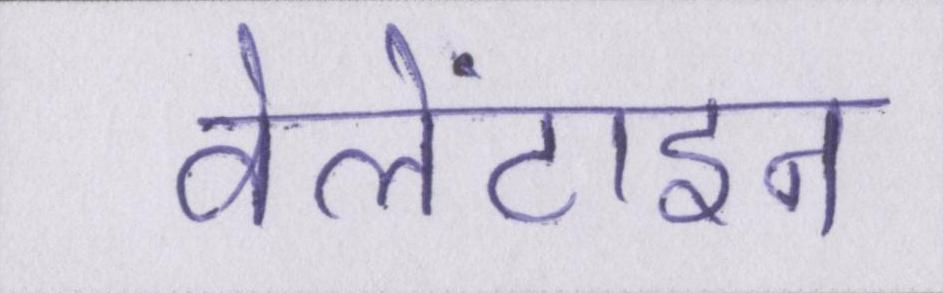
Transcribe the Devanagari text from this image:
वेलेंटाइन